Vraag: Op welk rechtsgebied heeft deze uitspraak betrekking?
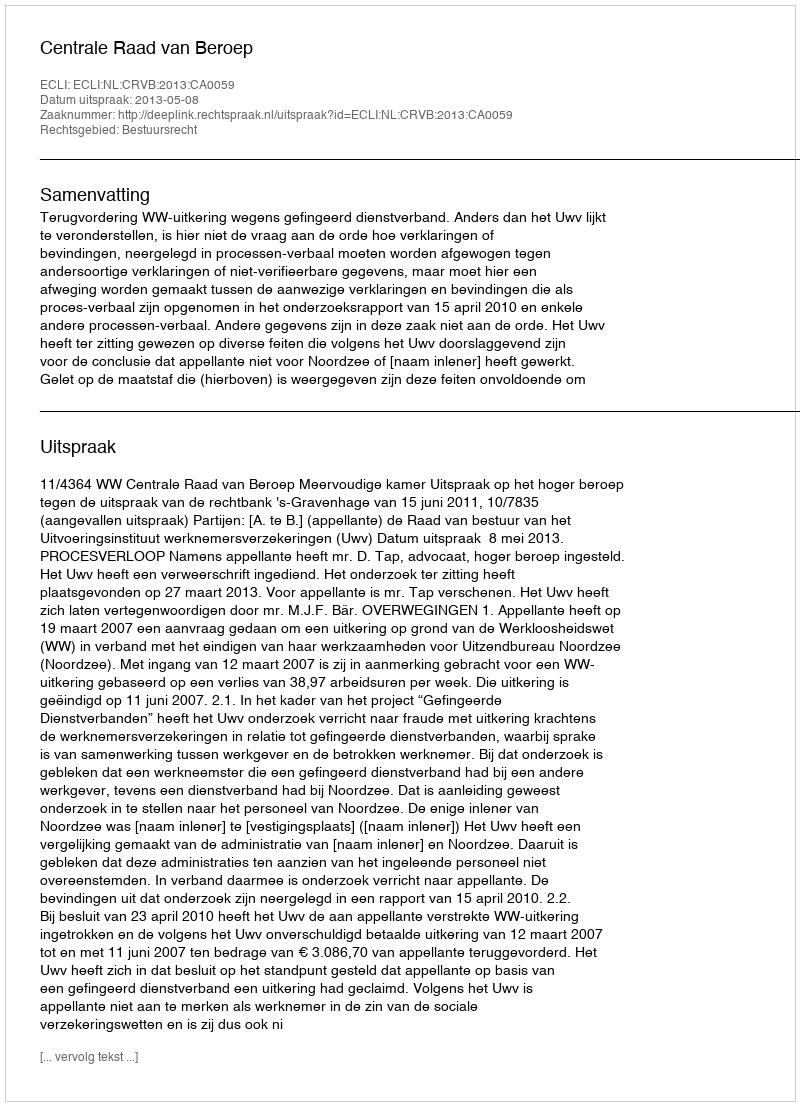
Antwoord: Bestuursrecht